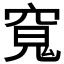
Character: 𭔊